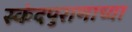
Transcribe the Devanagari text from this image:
स्कंदपुराणाच्या